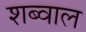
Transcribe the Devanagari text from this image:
शब्वाल